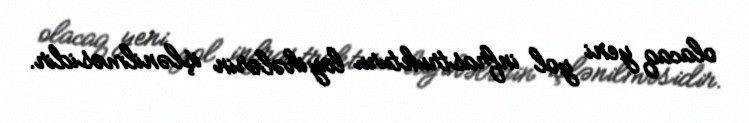
olacaq yeni yol infrastrukturu layihələrin işlənilməsidir.